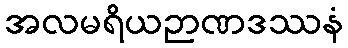
အလမရိယဉာဏဒဿနံ